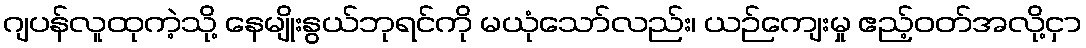
ဂျပန်လူထုကဲ့သို့ နေမျိုးနွယ်ဘုရင်ကို မယုံသော်လည်း၊ ယဉ်ကျေးမှု ဧည့်ဝတ်အလို့ငှာ